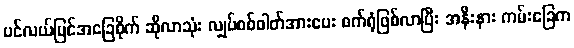
ပင်လယ်ပြင်အခြေစိုက် ဆိုလာသုံး လျှပ်စစ်ဓါတ်အားပေး စက်ရုံဖြစ်လာပြီး အနီးနား ကမ်းခြေက